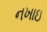
નખાઇ